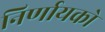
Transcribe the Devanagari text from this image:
निर्णायको